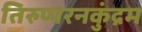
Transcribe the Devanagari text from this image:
तिरुप्परनकुंद्रम